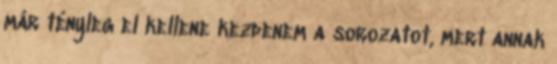
már tényleg el kellene kezdenem a sorozatot, mert annak